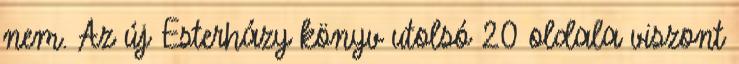
nem. Az új Esterházy könyv utolsó 20 oldala viszont